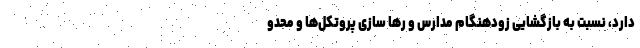
دارد، نسبت به بازگشایی زودهنگام مدارس و رها سازی پروتکل‌ها و محدو